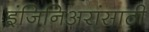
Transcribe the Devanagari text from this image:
इंजिनिअरांसाठी